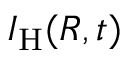
{ \cal I } _ { \mathrm { H } } ( R , t )